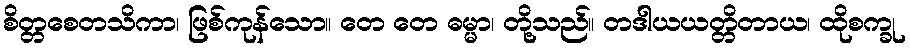
စိတ္တစေတသိကာ၊ ဖြစ်ကုန်သော။ တေ တေ ဓမ္မာ၊ တို့သည်။ တဒါယယတ္တိတာယ၊ ထိုစက္ခု